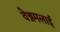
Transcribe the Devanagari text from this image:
वेन्नमलाई